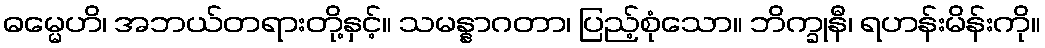
ဓမ္မေဟိ၊ အဘယ်တရားတို့နှင့်။ သမန္နာဂတာ၊ ပြည့်စုံသော။ ဘိက္ခုနီ၊ ရဟန်းမိန်းကို။